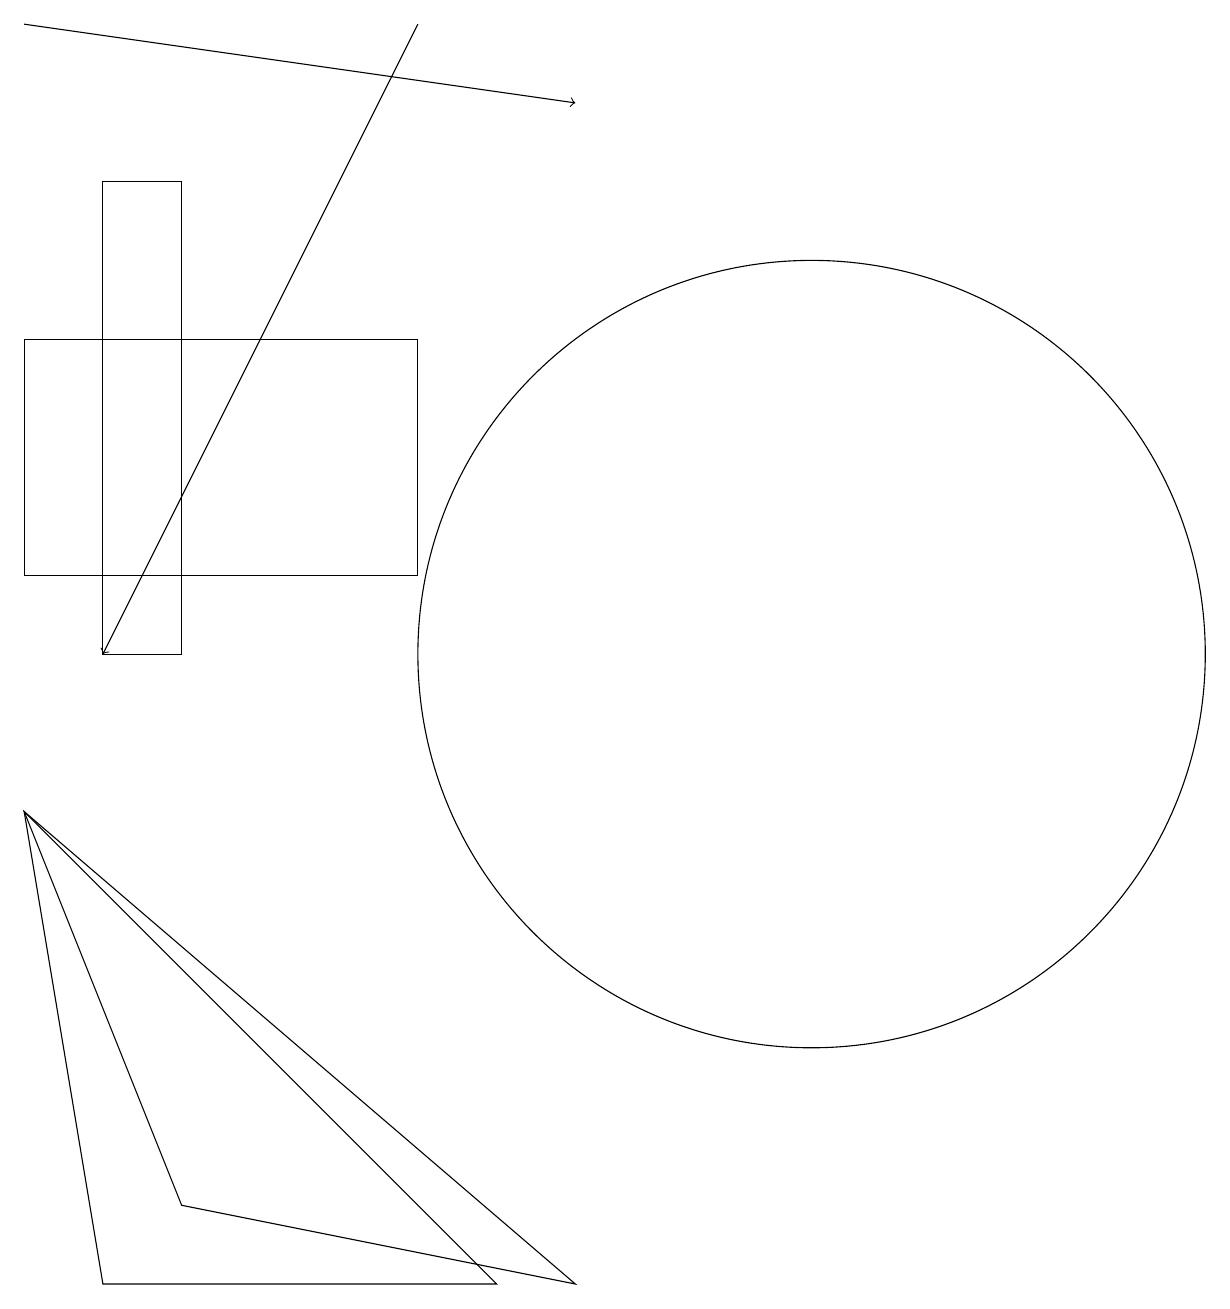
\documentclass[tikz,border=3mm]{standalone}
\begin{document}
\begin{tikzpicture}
\draw (0,8) -- (1,2) -- (6,2) -- cycle;
\draw (0,14) rectangle (5,11);
\draw (2,10) rectangle (1,16);
\draw[->] (0,18) -- (7,17);
\draw (7,2) -- (0,8) -- (2,3) -- cycle;
\draw[->] (5,18) -- (1,10);
\draw (10,10) circle (5);
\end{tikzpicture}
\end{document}